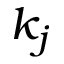
k _ { j }